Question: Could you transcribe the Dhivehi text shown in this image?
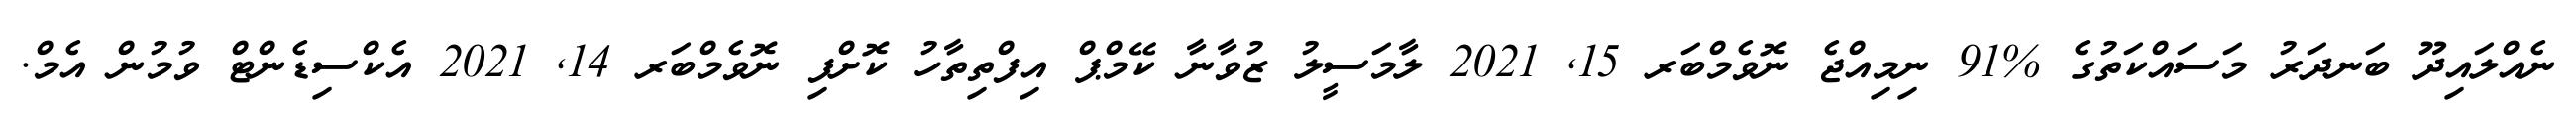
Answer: ނެއްލައިދޫ ބަނދަރު މަސައްކަތުގެ %91 ނިމިއްޖެ ނޮވެމްބަރ 15, 2021 ލާމަސީލު ޒުވާނާ ކޭމްޕް އިފްތިތާހު ކޮށްފި ނޮވެމްބަރ 14, 2021 އެކްސިޑެންޓް ވުމުން އެމް.